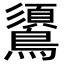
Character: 𪆦